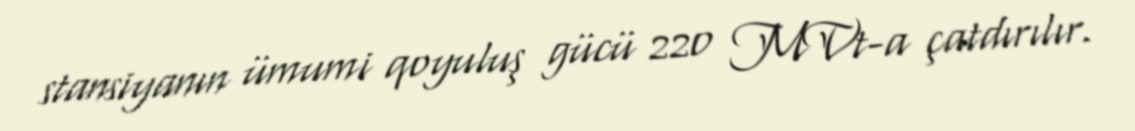
stansiyanın ümumi qoyuluş gücü 220 MVt-a çatdırılır.